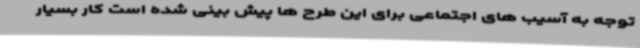
توجه به آسیب های اجتماعی برای این طرح ها پیش بینی شده است کار بسیار